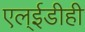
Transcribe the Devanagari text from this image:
एल्‌ईडीही